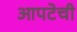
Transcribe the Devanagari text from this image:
आपटेची